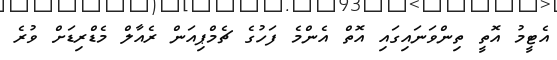
އެޓީމު އޮތީ ތިންވަނައިގައި އޮތް އެންމެ ފަހުގެ ޗެމްޕިއަން ރެއާލް މެޑްރިޑަށް ވުރެ